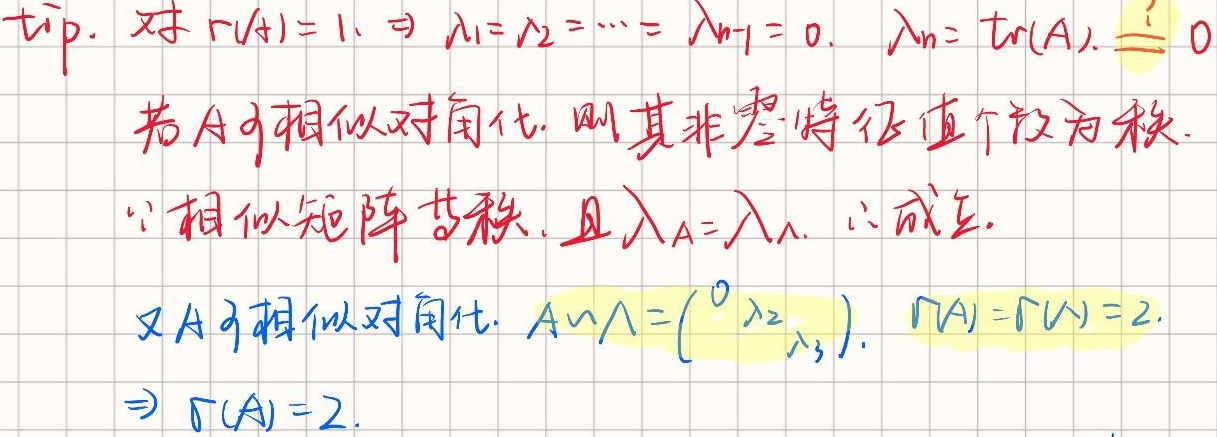
tip. 对 $r(A)=1\Rightarrow \lambda_1 = \lambda_2=\cdots=\lambda_{n - 1}=0,\ \lambda_n=\text{tr}(A).\ \underline{=}0$

若 $A$ 可相似对角化，则其非零特征值个数为秩.

$\because$ 相似矩阵等秩，且 $\lambda_A=\lambda_{\Lambda},\ \therefore$ 成立.

又 $A$ 可相似对角化，$A\sim\Lambda = \begin{pmatrix}0& & \\ &\lambda_2& \\ & &\lambda_3\end{pmatrix},\ r(A)=r(\Lambda)=2.$

$\Rightarrow r(A)=2.$